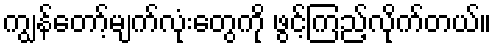
ကျွန်တော့်မျက်လုံးတွေကို ဖွင့်ကြည့်လိုက်တယ်။